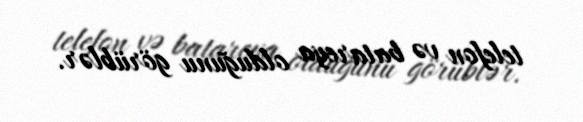
telefon və batareya olduğunu görüblər.